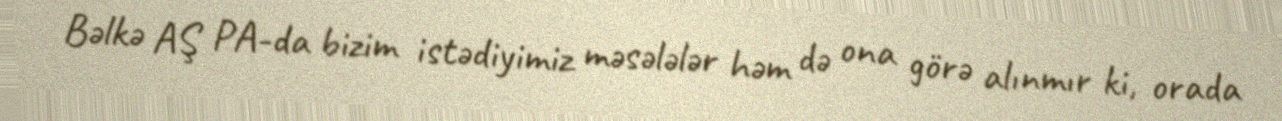
Bəlkə AŞ PA-da bizim istədiyimiz məsələlər həm də ona görə alınmır ki, orada